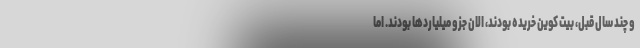
و چند سال قبل، بیت کوین خریده بودند، الان جزو میلیاردها بودند. اما